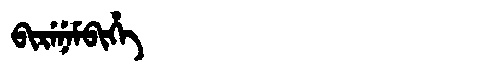
Manchu: ᠪᡳᡵᡝᠨᡝᠮᠪᡳᡥᡝ
Romanization: BIRENEMBIHE